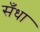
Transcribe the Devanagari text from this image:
सँधा